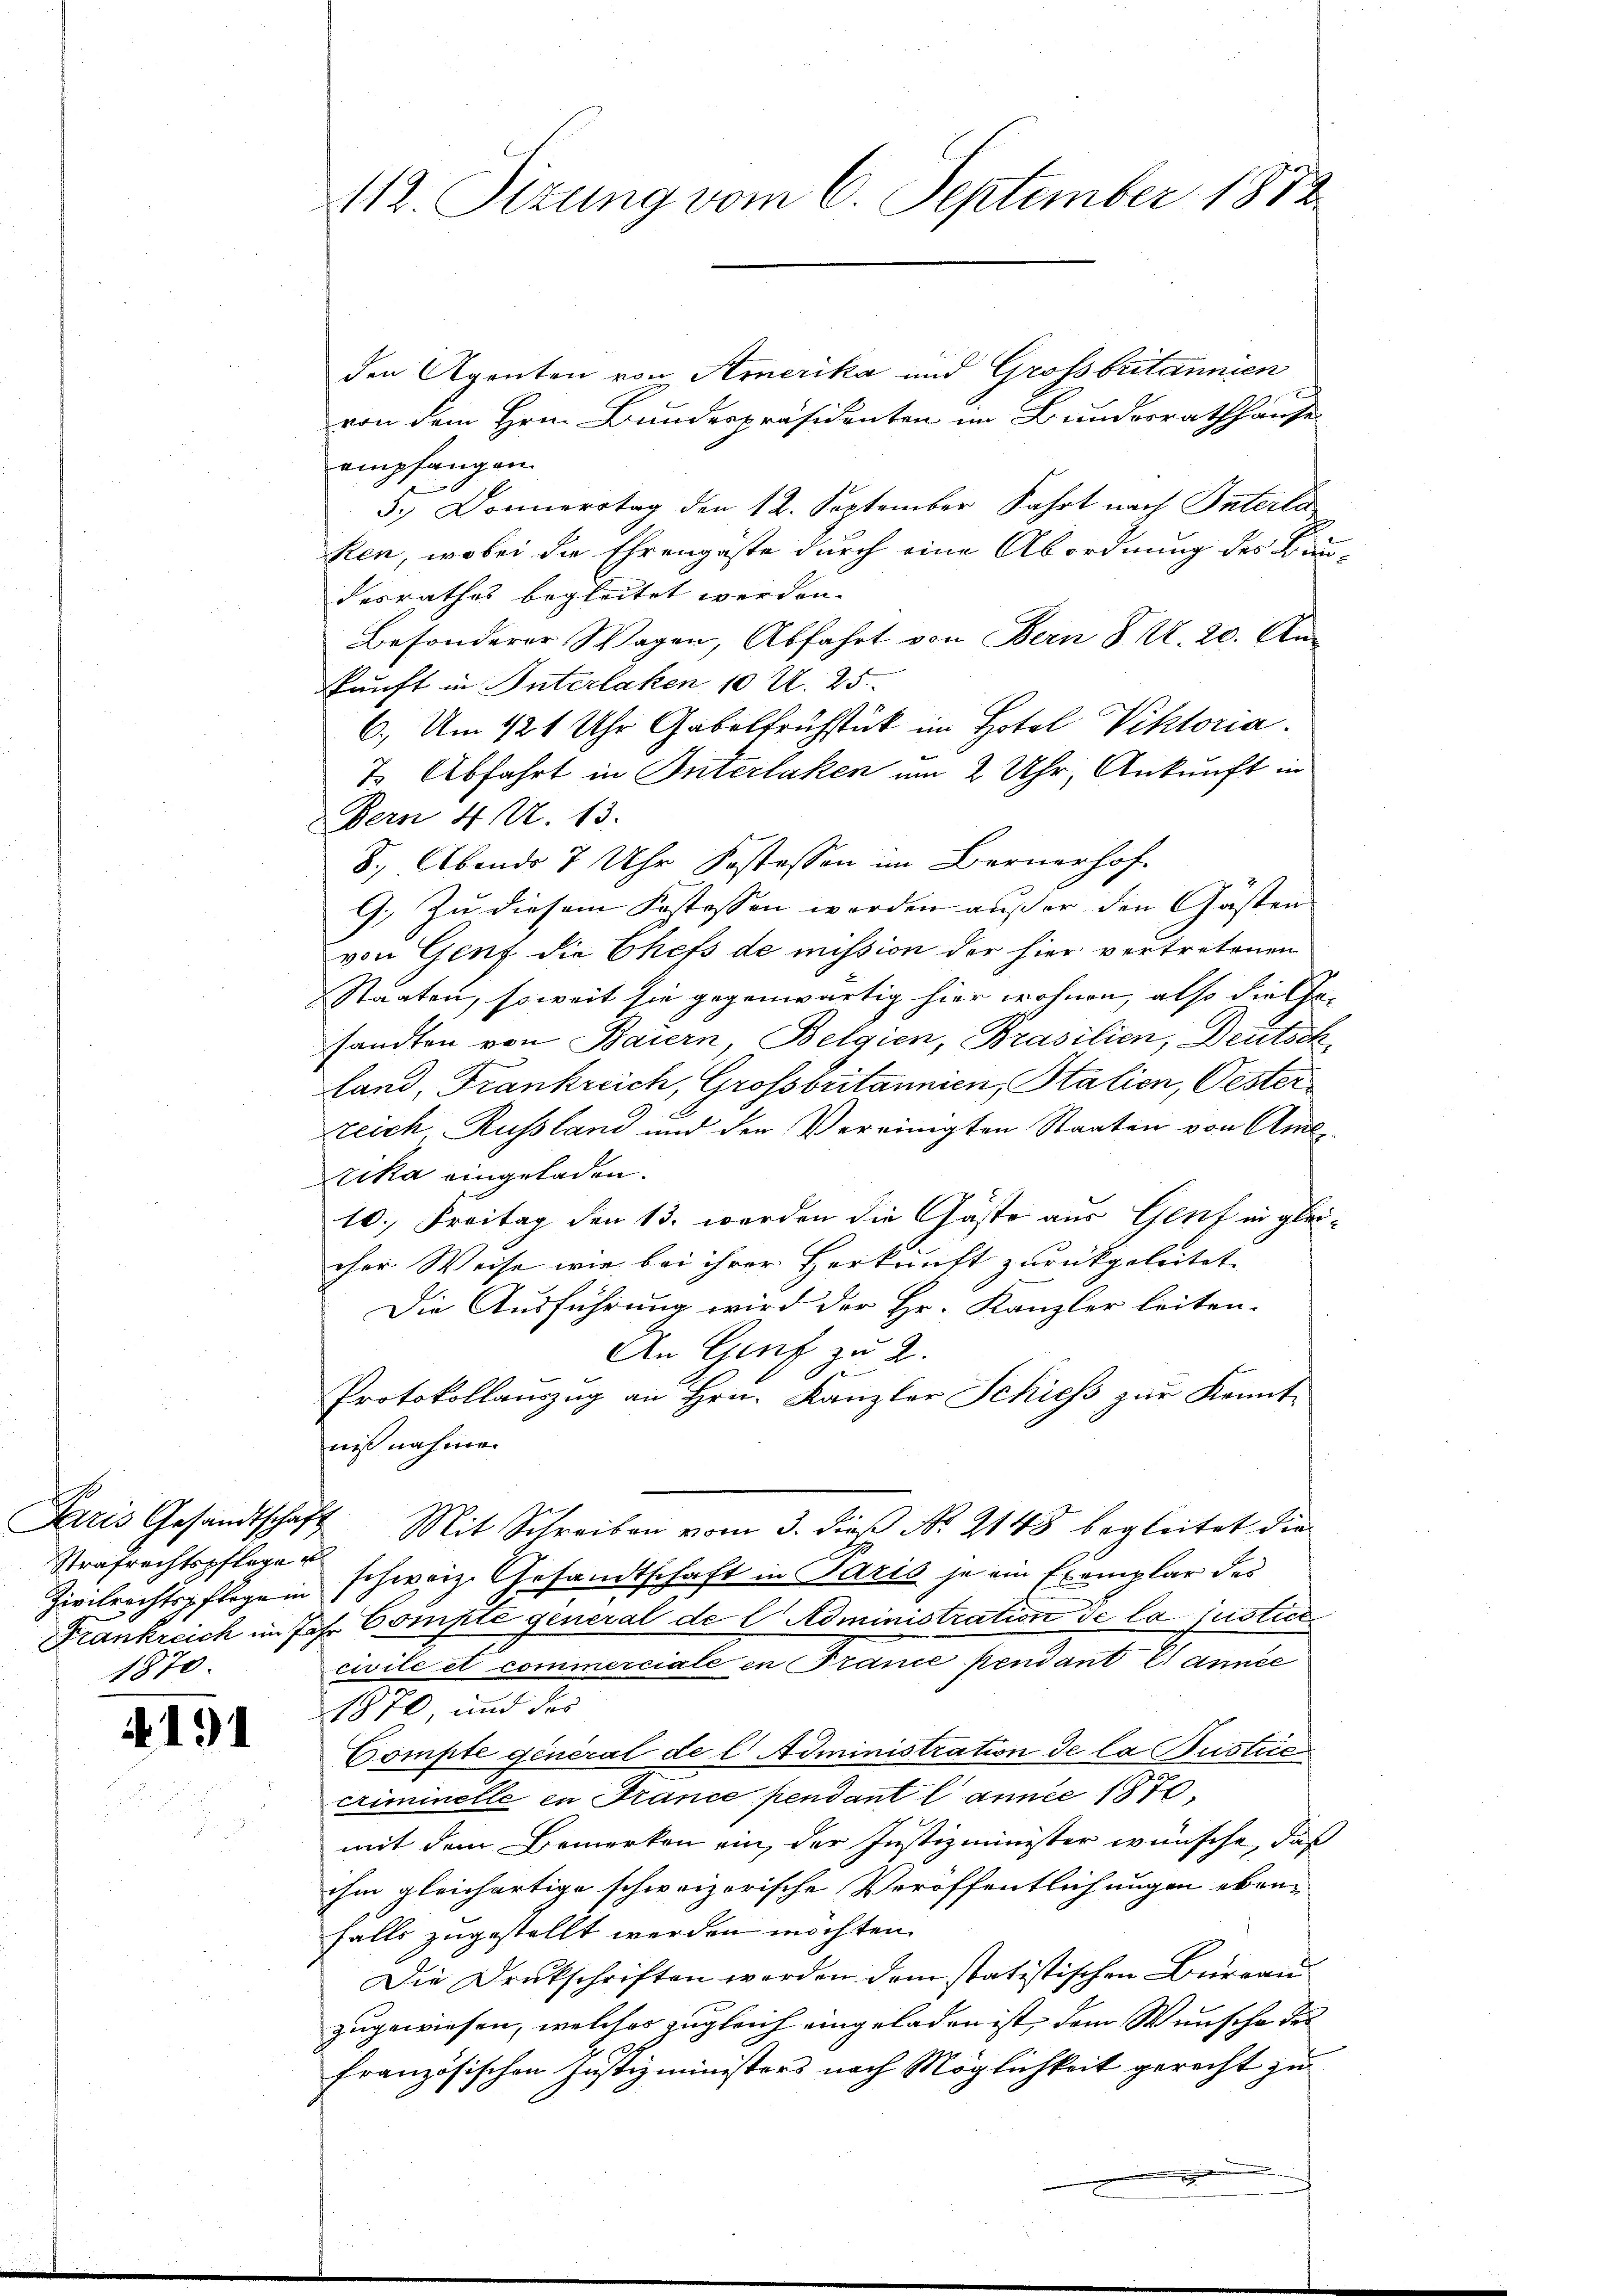
s
Strafrechtspflegen
1870.

4191

112. Sizung vom 6. September 1872

den Agenten von Amerika und Großbritannien
von dem Hrn. Bundespräsidenten im Bundesrathhause
empfangen.
5., Donnerstag den 12. September Fahrt nach Interla
ken, wobei die Ehrengäste durch eine Abordnung des Baudesrathes begleitet werden.
Besonderer Wagen, Abfahrt von Bern § 2. 20. An-
kunft in Interlaken 10 U. 25.
6. Um 121 Uhr Gabelfrühstück im Hotel Viktoria.
7 Abfahrt in Interlaken um 2 Uhr, Ankunft in
Bern 4 Al. 13.
8. Abends 7 Uhr Kostessen im Bernerhof
G. Zu diesem Kostossen werden außer den Gästen
von Genf die Chefs de mission der hier vertretenen
Staaten, soweit sie gegenwärtig hier wohnen, also die Gesandten von Baiern, Belgien, Brasilien, Deutsch,
land, Frankreich, Grossbritannien, Stalien, Oester
zeich, Russland und der Vereinigten Staaten von Amt
zika eingeladen.
10. Freitag den 13. werden die Gäste aus Genf in gleicher Weise wie bei ihrer Herkunft zurückgeleitet.
Die Ausführung wird der Hr. Kanzler leiten.
An Genf zu 2.
6x
Protokollauszug an Hrn. Kanzler Schiess zur Kennt-
niß nahmen
Paris Gesandtschaft Mit Schreiben vom 3. dieβ N. 2148 begleitet die
Zivilrechtspflegen schweiz. Gesandtschaft in Paris je ein Exemplar des
Frankreich im Joh. Compte general de l Administration de la justice
civile et commerciale in France pendant l’année
1870, und des
Compte general de l. Administration de la Justice
criminelle in France pendant l’année 1870.
mit dem Bemerken ein, der Justizminister wünsche, daß
ihm gleichartige schweizerische Veröffentlichungen eben-
falls zugestellt werden möchten.
Die Druckschriften werden dem statistischen Büreau
zugewiesen, welches zugleich eingeladen ist, dem Wunsche des
französischen Justizministers nach Möglichkeit gerecht zu